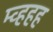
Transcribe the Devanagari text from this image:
म्व्हहह